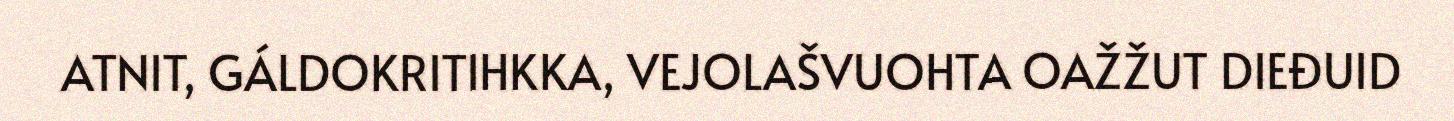
ATNIT, GÁLDOKRITIHKKA, VEJOLAŠVUOHTA OAŽŽUT DIEĐUID